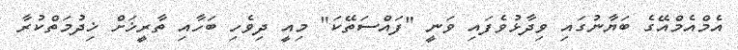
އެމްއެމްއޭގެ ބަޔާނުގައި ވިދާޅުވެފައި ވަނީ "ފައްސަތޭކަ" މިއީ ދިވެހި ބަހާއި ތާރީޚަށް ޚިދުމަތްކުރާ